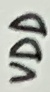
Text: VDD